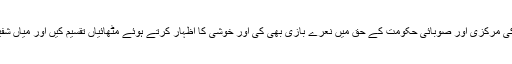
تاجروں اور دوکانداروں نے اس موقع پر پی ٹی آئی کی مرکزی اور صوبائی حکومت کے حق میں نعرے بازی بھی کی اور خوشی کا اظہار کرتے ہوئے مٹھائیاں تقسیم کیں اور میاں شفیق ارائیں اور رانا ارسلان کو پھولوں کے ہار پہنائے۔